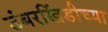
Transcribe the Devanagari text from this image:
उंबरखिंडीच्या